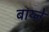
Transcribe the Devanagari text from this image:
बाय्ने